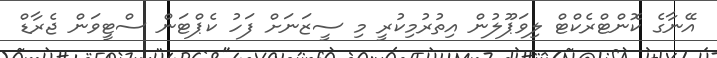
އޭނާގެ ކޮންޓްރެކްޓް ލިވަޕޫލުން އިތުރުމިކުރީ މި ސީޒަނަށް ފަހު ކެޕްޓަން ސްޓީވަން ޖެރާޑް